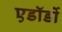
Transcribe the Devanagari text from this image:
एडॉर्डो